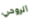
الروحي